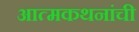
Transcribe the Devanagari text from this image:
आत्मकथनांची